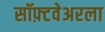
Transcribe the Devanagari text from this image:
सॉफ़्टवेअरला